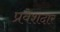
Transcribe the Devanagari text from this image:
प्रवेशदार